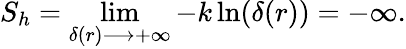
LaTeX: S_{h}=\operatorname*{lim}_{\delta(r)\longrightarrow+\infty}-k\ln(\delta(r))=-\infty.